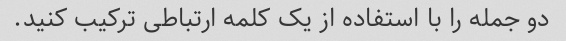
دو جمله را با استفاده از یک کلمه ارتباطی ترکیب کنید.